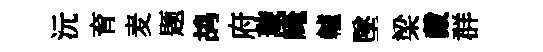
沅育麦题鸪府璇崦轤墜梁戴群